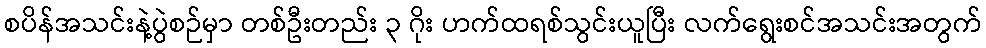
စပိန်အသင်းနဲ့ပွဲစဉ်မှာ တစ်ဦးတည်း ၃ ဂိုး ဟက်ထရစ်သွင်းယူပြီး လက်ရွေးစင်အသင်းအတွက်